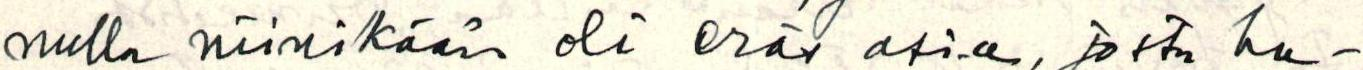
nulla niinikään oli eräs asia, josta ha-